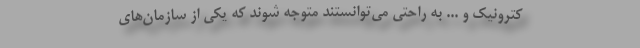
کترونیک و ... به راحتی می‌توانستند متوجه شوند که یکی از سازمان‌های